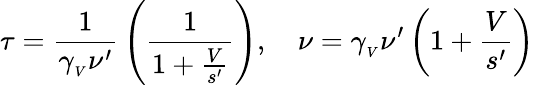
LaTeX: \tau={\frac{1}{\gamma_{_{V}}\nu^{\prime}}}\left({\frac{1}{1+{\frac{V}{s^{\prime}}}}}\right),\quad\nu=\gamma_{_{V}}\nu^{\prime}\left(1+{\frac{V}{s^{\prime}}}\right)